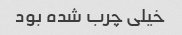
خیلی چرب شده بود